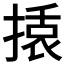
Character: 𭡿